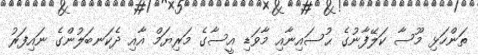
ތަންހަޅި މޫސާ ކަލޭފާނުގެ ޙުސައިނާއި މާވަޑި އީސާގެ މަރިޔަމް އާއި ދެކަނބަލުންގެ ނައިފަރު